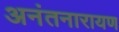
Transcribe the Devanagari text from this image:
अनंतनारायण